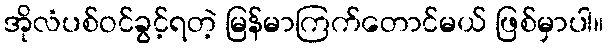
အိုလံပစ်ဝင်ခွင့်ရတဲ့ မြန်မာကြက်တောင်မယ် ဖြစ်မှာပါ။